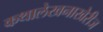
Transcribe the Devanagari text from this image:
कथालेखनाखेरीज